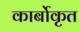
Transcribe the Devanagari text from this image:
कार्बोकृत